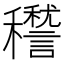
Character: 䆌